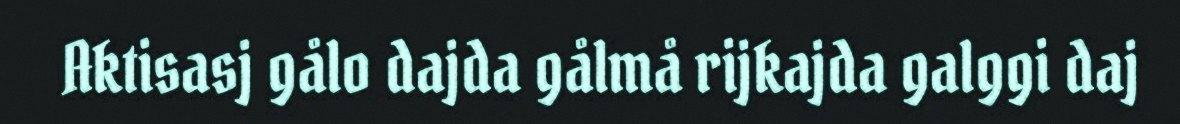
Aktisasj gålo dajda gålmå rijkajda galggi daj